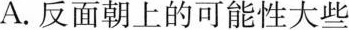
A.反面朝上的可能性大些